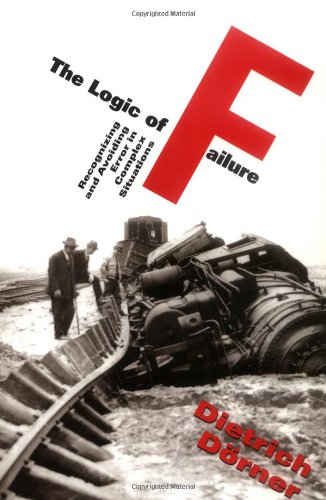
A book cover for The Logic Of Failure: Recognizing And Avoiding Error In Complex Situations; Dietrich Dorner; Reference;